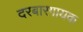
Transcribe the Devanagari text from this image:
दरबारगायक